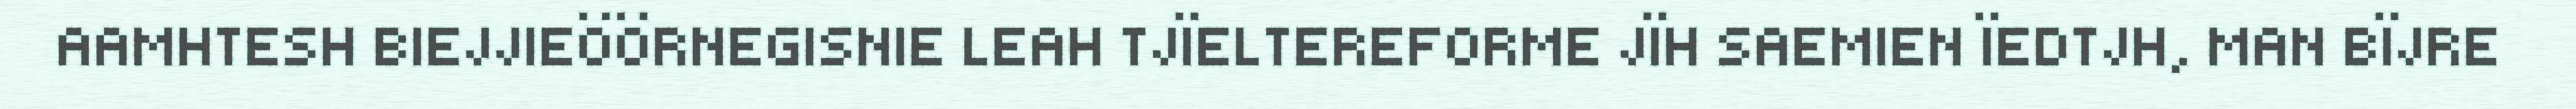
AAMHTESH BIEJJIEÖÖRNEGISNIE LEAH TJÏELTEREFORME JÏH SAEMIEN ÏEDTJH, MAN BÏJRE